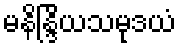
မနိန္ဒြိယသမုဒယံ